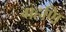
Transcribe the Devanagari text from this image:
गहणि